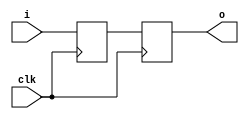
`timescale 1ns / 1ps
//////////////////////////////////////////////////////////////////////////////////
// Company: LinkedIn Learning
// 
// Design Name: 
// Module Name: assignments
// Project Name: 
// Target Devices: 
// Tool Versions: 
// Description: 
// program of non-blocking assignment
// Dependencies: 
// 
// Revision:
// Revision 0.01 - File Created
// Additional Comments:
// 
//////////////////////////////////////////////////////////////////////////////////
module assignments (
    input i,
    input clk,
    output reg o
);
    reg temp;
    always @ (posedge clk) begin
        temp <= i;
        o <= temp;
    end
endmodule